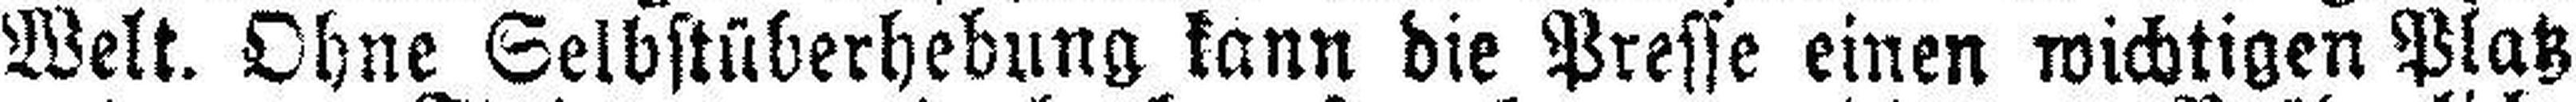
Welt. Ohne Selbstüberhebung kann die Presse einen wichtigen Platz